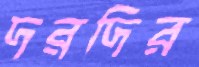
দরদির